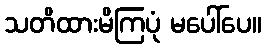
သတိထားမိကြပုံ မပေါ်ပေ။